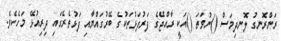
ރަންރޮނގު ލޮނދިމަސް ()ނުވަތަ ()އަކީ ރާއްޖޭގެ ފަރުފަޅުތަކުގެ ބޭރުގައްޔާއި ފަޅުތެރޭގައި ދިރިއުޅޭ މަހެކެވެ.